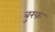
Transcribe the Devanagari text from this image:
बुरफ